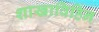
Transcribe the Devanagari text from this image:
शाखाविहिन